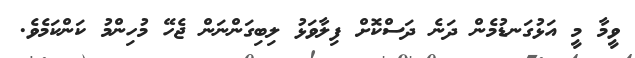
ވީމާ މީ އަޅުގަނޑުމެން ދަނެ ދަސްކޮށް ފިލާވަޅު ލިބިގަންނަން ޖެހޭ މުހިންމު ކަންކަމެވެ.